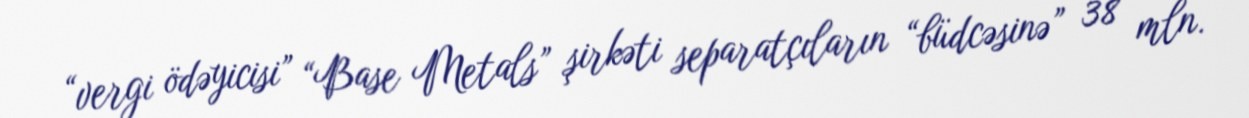
“vergi ödəyicisi” “Base Metals” şirkəti separatçıların “büdcəsinə” 38 mln.